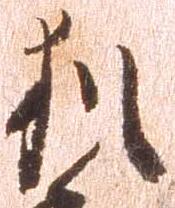
猶